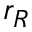
r _ { R }